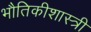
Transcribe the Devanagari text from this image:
भौतिकीशास्त्री